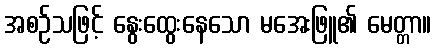
အစဉ်သဖြင့် နွေးထွေးနေသော မအေးဖြူ၏ မေတ္တာ။